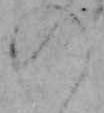
の